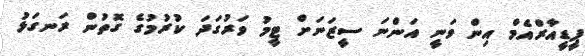
ޕީޑީއާރްއެމް އިން ވަނީ އަންނަ ސީޒަނަށް ޓީމު ވަރުގަދަ ކުރުމުގެ ގޮތުން ރަނގަޅު